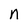
Character: n